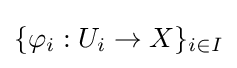
\{\varphi _{i}:U_{i}\to X\}_{i\in I}